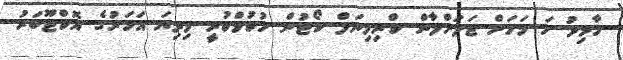
ހާމިދު ހަ މަހަށް ޖަލަށްލާން ކްރިމިނަލް ކޯޓުން ހުކުމްކުރީ މިދިޔަ އަހަރުގެ އޮކްޓޫބަރު